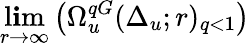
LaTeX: \operatorname*{l\mathbf{i}m}_{r\to\infty}\left(\Omega_{u}^{qG}(\Delta_{u};r)_{q<1}\right)